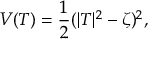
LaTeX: V ( T ) = \frac 1 2 ( | T | ^ { 2 } - \zeta ) ^ { 2 } ,